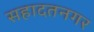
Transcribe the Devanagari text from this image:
सहादतनगर